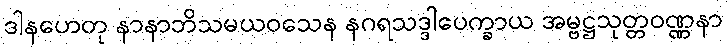
ဒါနဟေတု နာနာဘိသမယဝသေန နဂရသဒ္ဒါပေက္ခာယ အမ္ဗဋ္ဌသုတ္တဝဏ္ဏနာ